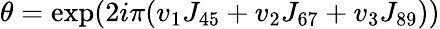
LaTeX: \theta=\exp(2i\pi(v_{1}J_{45}+v_{2}J_{67}+v_{3}J_{89}))